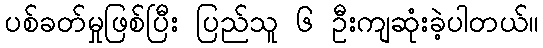
ပစ်ခတ်မှုဖြစ်ပြီး ပြည်သူ ၆ ဦးကျဆုံးခဲ့ပါတယ်။